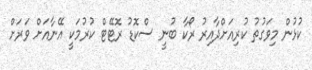
ކުޅުން މިވަގުތު ކުރިއަށްދާއިރު ރޯކާ ބުނީ ސްކޮޑު ރޮޓޭޓް ކުރުމަކީ އޭނާއަށް ވަރަށް